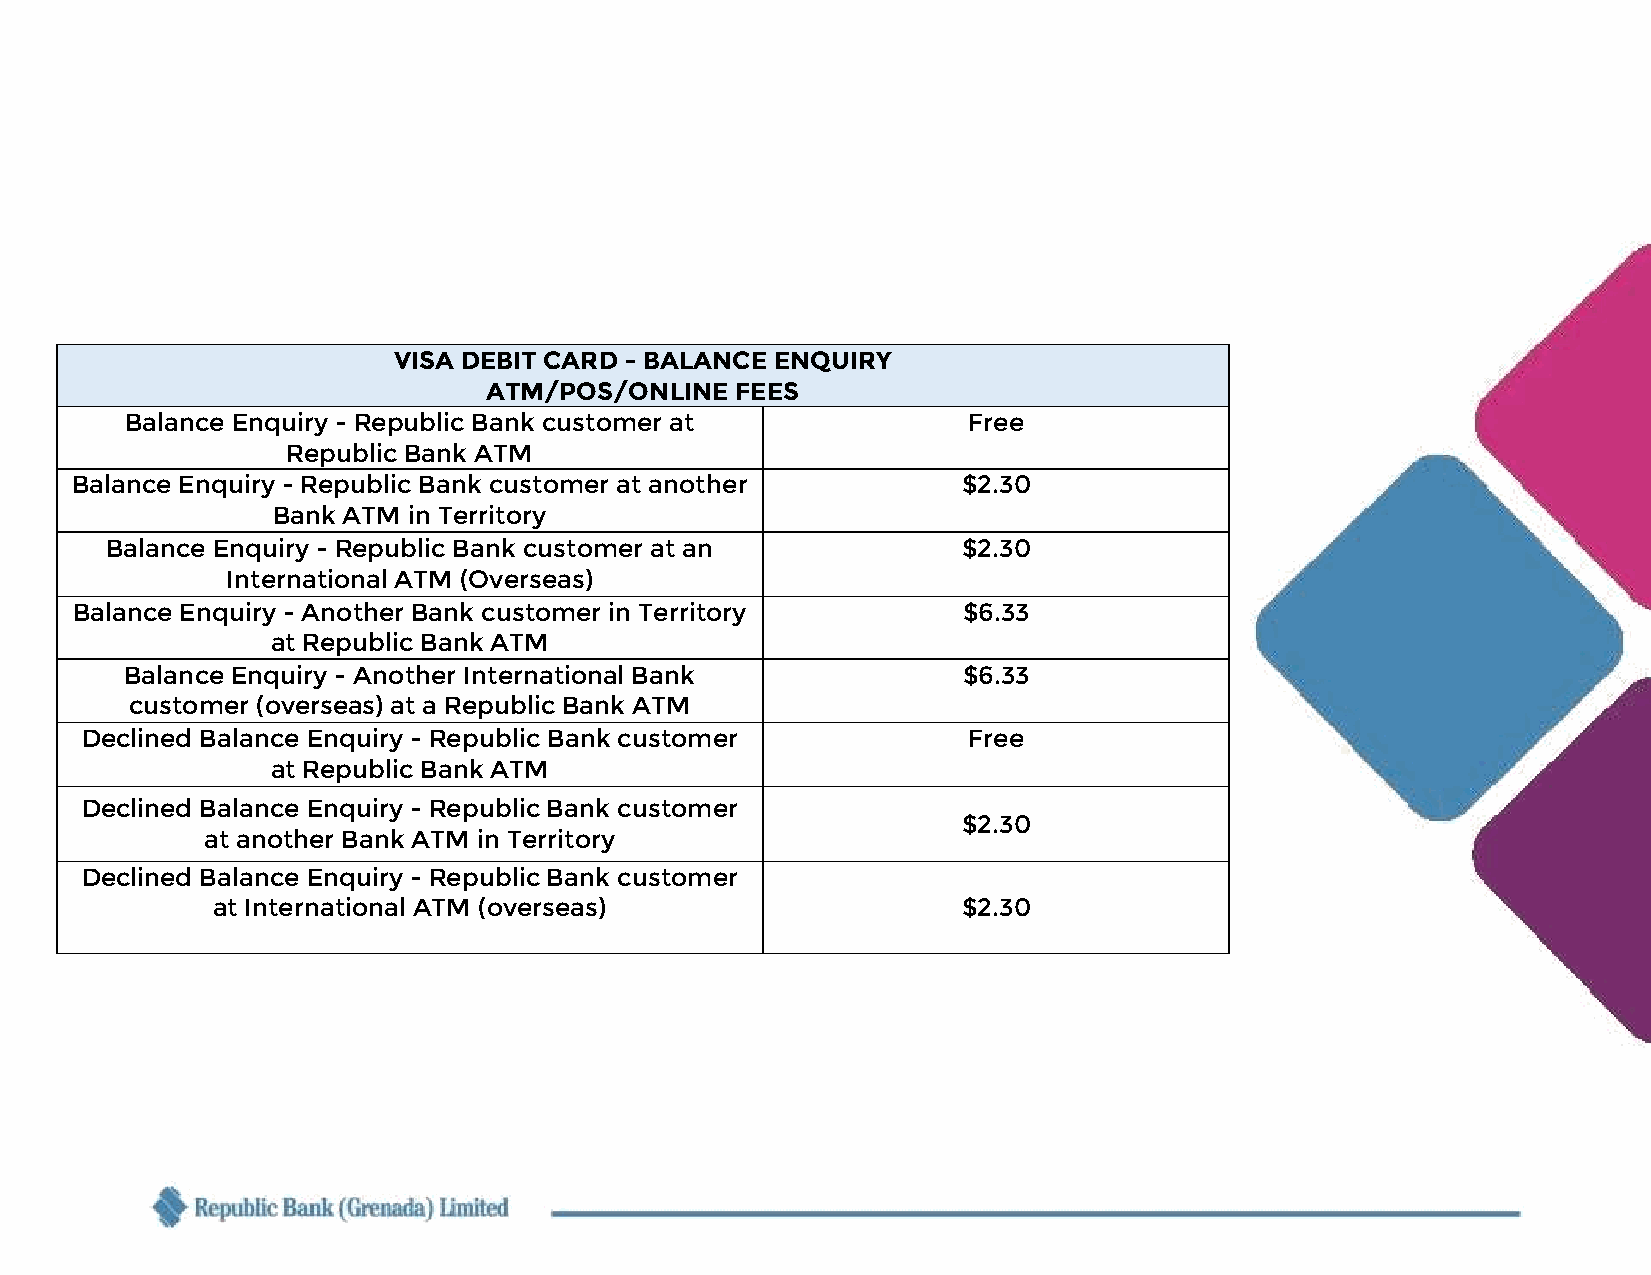
VISA DEBIT CARD - BALANCE ENQUIRY
 ATM/POS/ONLINE   FEES
 Balance Enquiry - Republic Bank customer at             Free
 Republic Bank ATM
 Balance Enquiry - Republic Bank customer at another        $2.30
 Bank ATM in Territory
 Balance Enquiry - Republic Bank customer at an           $2.30
 International ATM (Overseas)
 Balance Enquiry - Another Bank customer in Territory       $6.33
 at Republic Bank ATM
 Balance Enquiry - Another International Bank            $6.33
 customer (overseas) at a Republic Bank ATM
 Declined Balance Enquiry - Republic Bank customer          Free
 at Republic Bank ATM
 Declined Balance Enquiry - Republic Bank customer
 $2.30
 at another Bank ATM in Territory
 Declined Balance Enquiry - Republic Bank customer
 at International ATM (overseas)                   $2.30